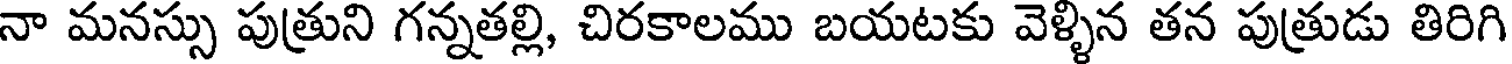
నా మనస్సు పుత్రుని గన్నతల్లి, చిరకాలము బయటకు వెళ్ళిన తన పుత్రుడు తిరిగి